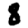
Digit: 8